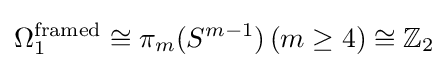
\Omega _{1}^{\text{framed}}\cong \pi _{m}(S^{m-1})\,(m\geq 4)\cong \mathbb {Z} _{2}